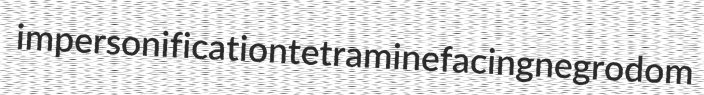
impersonification tetramine facing negrodom